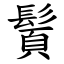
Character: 䰅